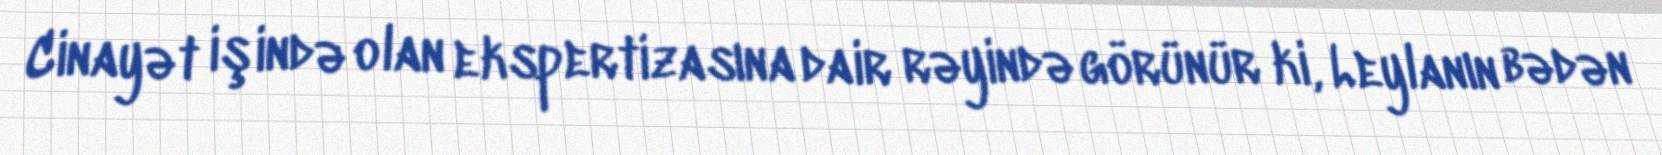
Cinayət işində olan ekspertizasına dair rəyində görünür ki, Leylanın bədən